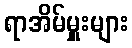
ရာအိမ်မှူးများ